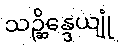
သဉ္ဆိန္ဒေယျုံ